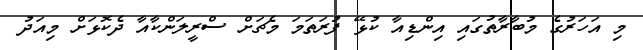
މި އަހަރުގެ މުބާރާތުގައި އިންޑިއާ ކުޅޭ ފުރަތަމަ މެޗަށް ސްރީލަންކާއާ ދެކޮޅަށް މިއަދު